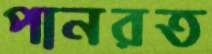
পানরত